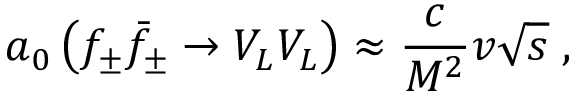
a _ { 0 } \left( f _ { \pm } \bar { f } _ { \pm } \to V _ { L } V _ { L } \right) \approx \frac { c } { M ^ { 2 } } v \sqrt s \; ,